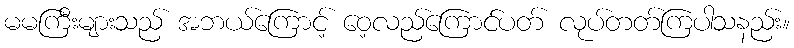
မမကြီးများသည် အဘယ်ကြောင့် ဝေ့လည်ကြောင်ပတ် လုပ်တတ်ကြပါသနည်း။